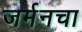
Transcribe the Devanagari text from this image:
जर्मनचा